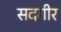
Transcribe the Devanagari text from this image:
सदगीर